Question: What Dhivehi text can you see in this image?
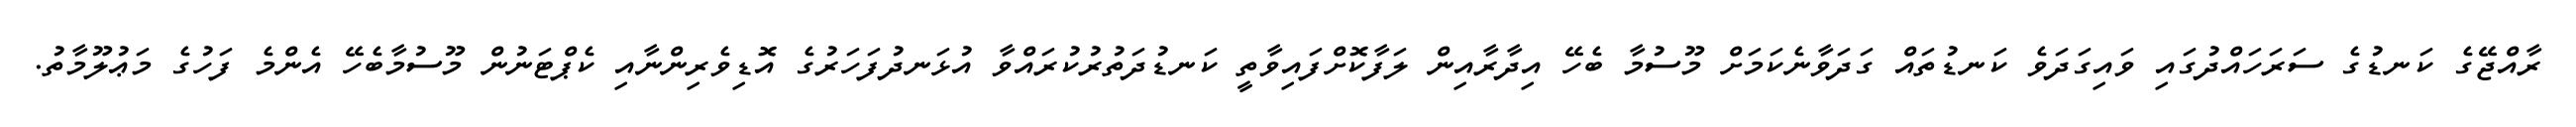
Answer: ރާއްޖޭގެ ކަނޑުގެ ސަރަހައްދުގައި ވައިގަދަވެ ކަނޑުތައް ގަދަވާނެކަމަށް މޫސުމާ ބެހޭ އިދާރާއިން ލަފާކޮށްފައިވާތީ ކަނޑުދަތުރުކުރައްވާ އުޅަނދުފަހަރުގެ އޮޑިވެރިންނާއި ކެޕްޓަނުން މޫސުމާބެހޭ އެންމެ ފަހުގެ މަޢުލޫމާތު.